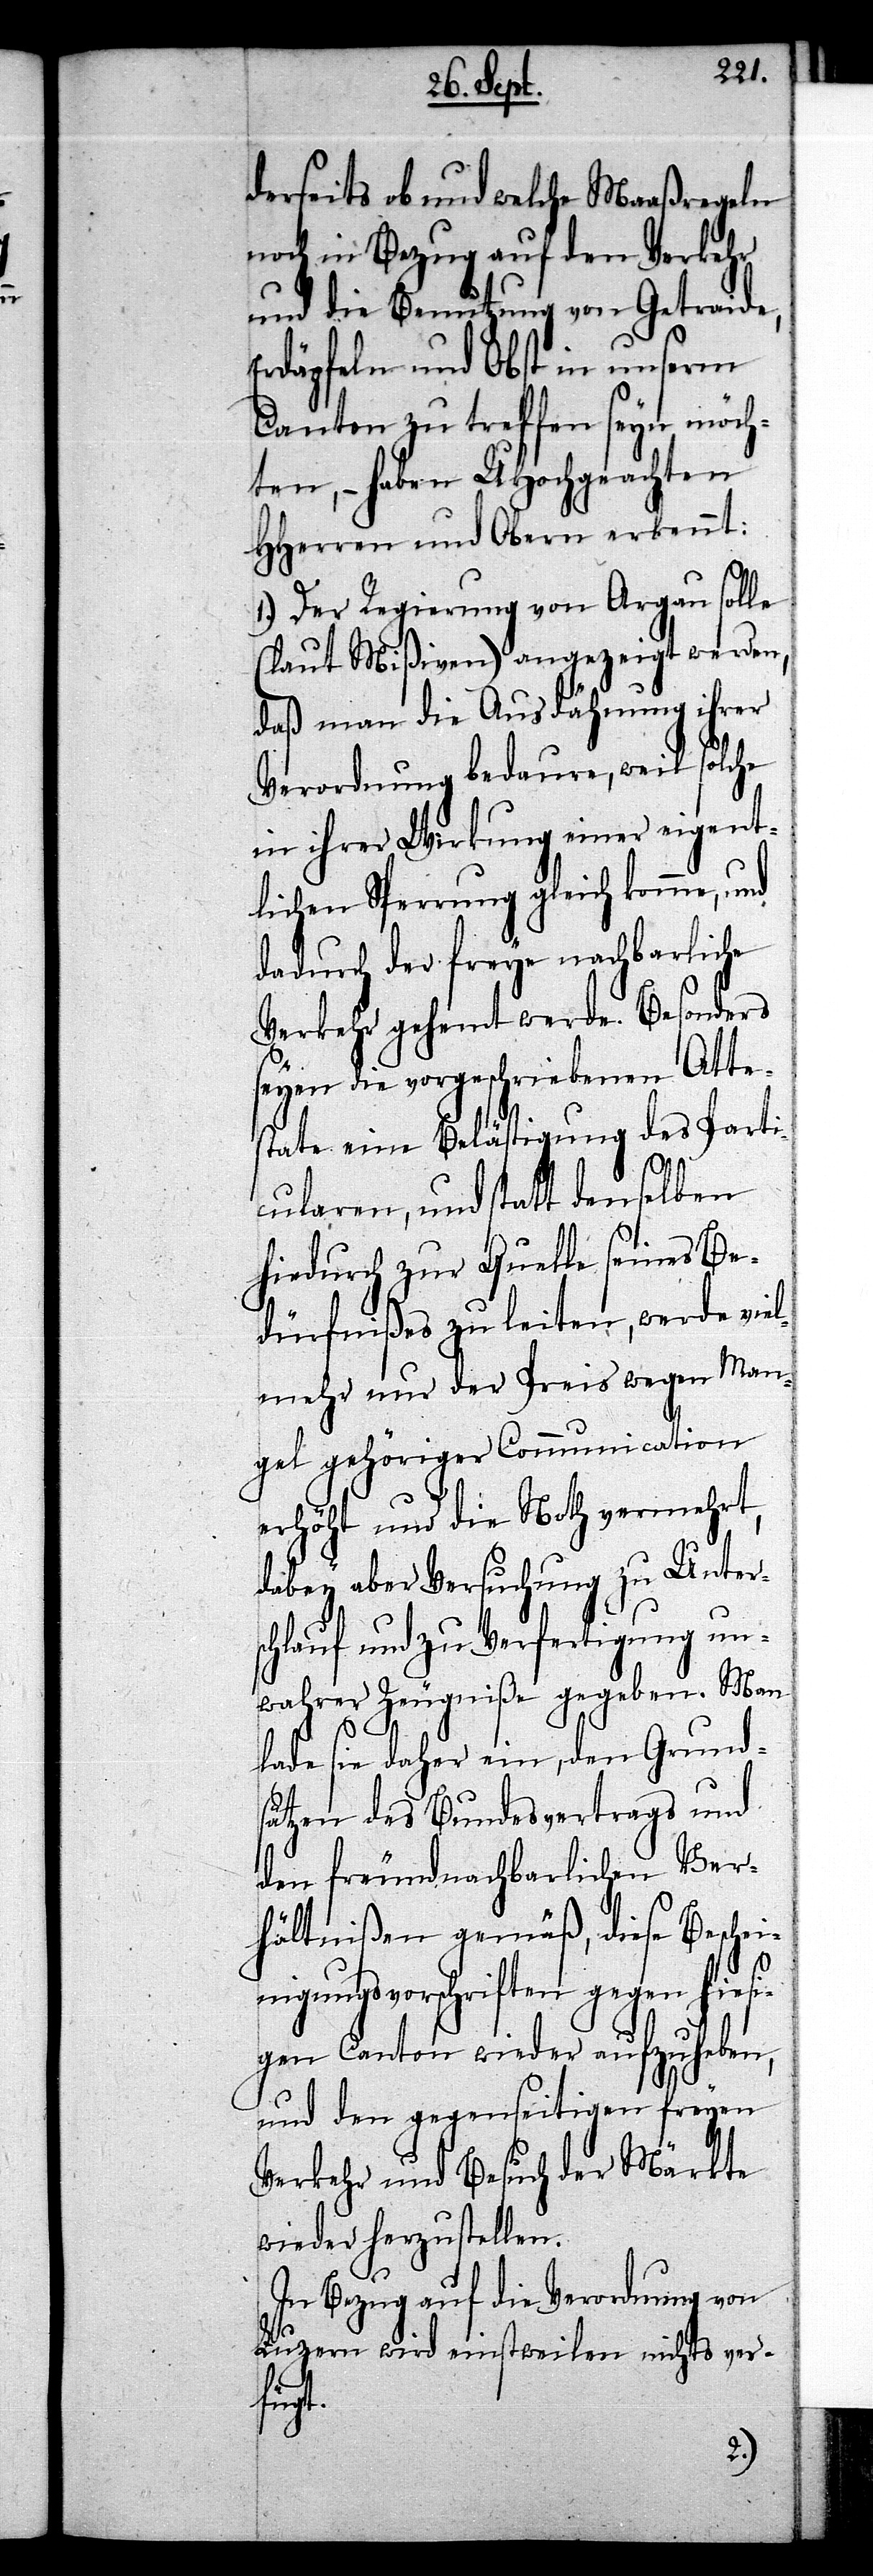
derseits ob und welche Maaßregeln
noch in Bezug auf den Verkehr
und die Benutzung von Getraide,
Erdäpfeln und Obst in unserm
Canton zu treffen seyn möch¬
ten, – haben UHochgeachten
HHerren und Obern erkennt:
1.) Der Regierung von Argau solle
(laut Mißiven) angezeigt werden,
daß man die Ausdähnung ihrer
Verordnung bedaure, weil solche
in ihrer Wirkung einer eigent¬
lichen Sperrung gleich komme, und
dadurch der freye nachbarliche
Verkehr gehemt werde. Besonders
seyen die vorgeschriebenen Atte¬
state eine Belästigung des Parti¬
cularen, und statt denselben
hiedurch zur Quelle seines Be¬
dürfnißes zu leiten, werde vie¬
lmehr nur der Preis wegen Man¬
gel gehöriger Communication
erhöht und die Noth vermehrt,
dabey aber Versuchung zu Unter¬
schlauf und zu Verfertigung un¬
wahrer Zeugniße gegeben. Man
lade sie daher ein, den Grund¬
sätzen des Bundesvertrags und
den freundnachbarlichen Ver¬
hältnißen gemäß, diese Besche¬
inigungsvorschriften gegen hiesi¬
gen Canton wieder aufzuheben,
und den gegenseitigen freyen
Verkehr und Besuch der Märkte
wieder herzustellen.
In Bezug auf die Verordnung von
Luzern wird einstweilen nichts ver¬
fügt.